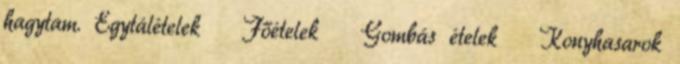
hagytam. Egytálételek Főételek Gombás ételek Konyhasarok